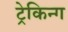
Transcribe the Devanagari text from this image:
ट्रेकिन्ग